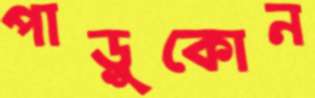
পাড়ুকোন